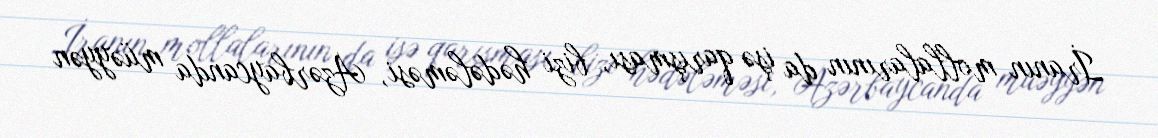
İranın mollalarının da işə qarışması, bizi hədələməsi, Azərbaycanda müəyyən